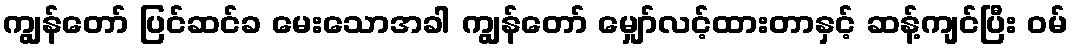
ကျွန်တော် ပြင်ဆင်ခ မေးသောအခါ ကျွန်တော် မျှော်လင့်ထားတာနှင့် ဆန့်ကျင်ပြီး ဝမ်